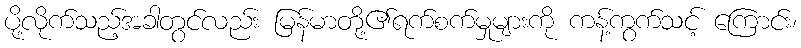
ပို့လိုက်သည့်အခါတွင်လည်း မြန်မာတို့၏ရက်စက်မှုများကို ကန့်ကွက်သင့် ကြောင်း၊